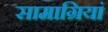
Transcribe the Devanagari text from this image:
सामाग्रियां